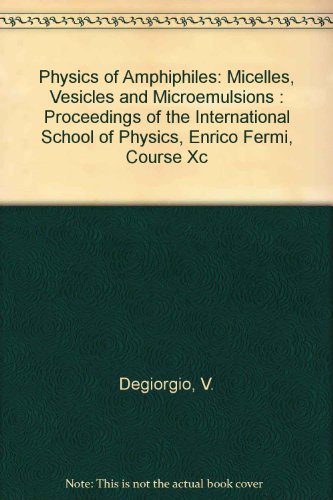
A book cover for Physics of Amphiphiles: Micelles, Vesicles and Microemulsions : Proceedings of the International School of Physics, Enrico Fermi, Course Xc; V. Degiorgio; Science & Math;